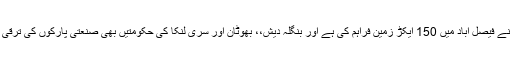
انہوں نے بتایا کہ پاکستان میں حکومت نے فیصل آباد میں 150 ایکڑ زمین فراہم کی ہے اور بنگلہ دیش،، بھوٹان اور سری لنکا کی حکومتیں بھی صنعتی پارکوں کی ترقی کے لئے زمین فراہم کرنے پر تیار ہیں۔